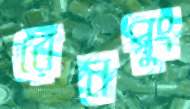
রেনপুং